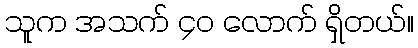
သူက အသက် ၄၀ လောက် ရှိတယ်။